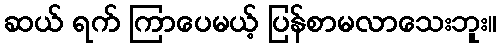
ဆယ် ရက် ကြာပေမယ့် ပြန်စာမလာသေးဘူး။